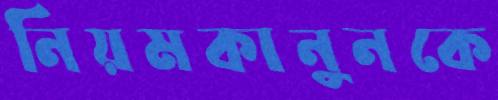
নিয়মকানুনকে